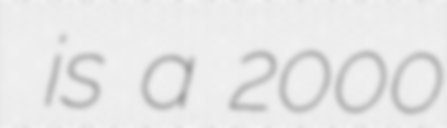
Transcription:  is a 2000